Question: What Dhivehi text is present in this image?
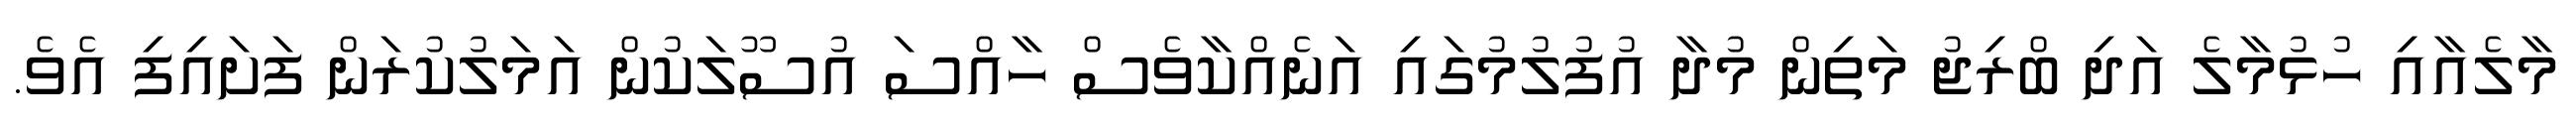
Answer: މާލެއާއި ހުޅުމާލެ އަދި ބްރިޖު މަތިން މުދާ އުފުލުމުގައި އަނެއްކާވެސް ހާއްސަ އުސޫލަކުން އަމަލުކުރަން ފަށައިފި އެވެ.